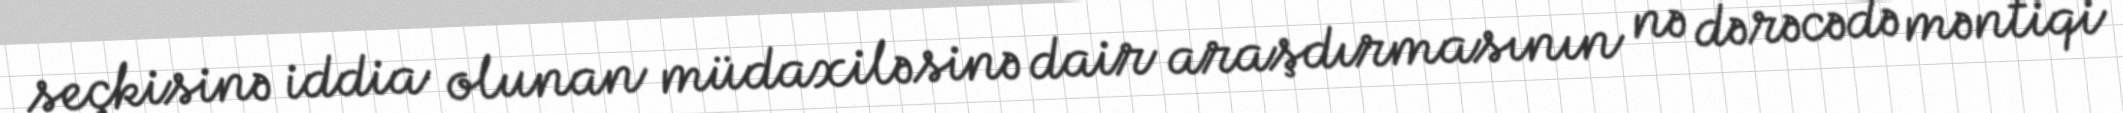
seçkisinə iddia olunan müdaxiləsinə dair araşdırmasının nə dərəcədə məntiqi